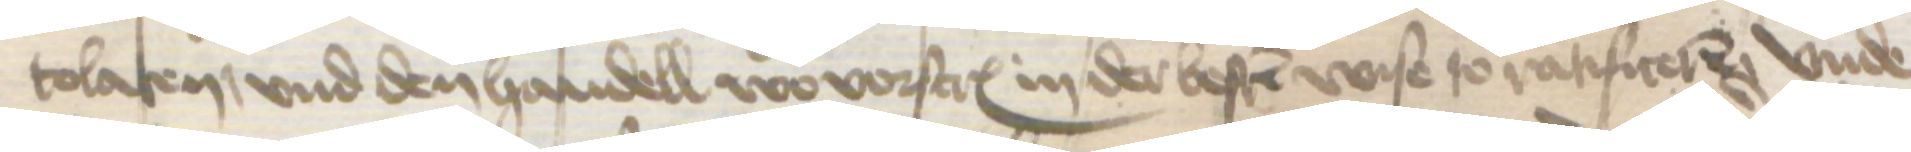
tolaten, vnd den handell wo vorscreuen in der besten wise to ratificeren vnde